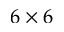
6 \times 6